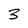
Character: 3